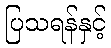
ပြသရန်နှင့်